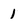
Character: 1